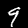
Label: 9